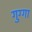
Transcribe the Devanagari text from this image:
गुग्गा